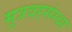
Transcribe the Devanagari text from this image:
मूत्रवहसंस्था